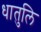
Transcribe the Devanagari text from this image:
धातुलि